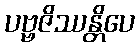
ပဗ္ဗဇိဿန္တိပေ